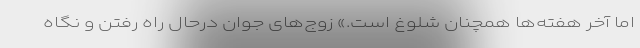
اما آخر هفته‌ها همچنان شلوغ است.» زوج‌های جوان درحال راه رفتن و نگاه